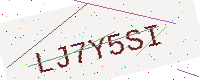
Text: LJ7Y5SI